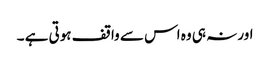
اور نہ ہی وہ اس سے واقف ہوتی ہے ۔